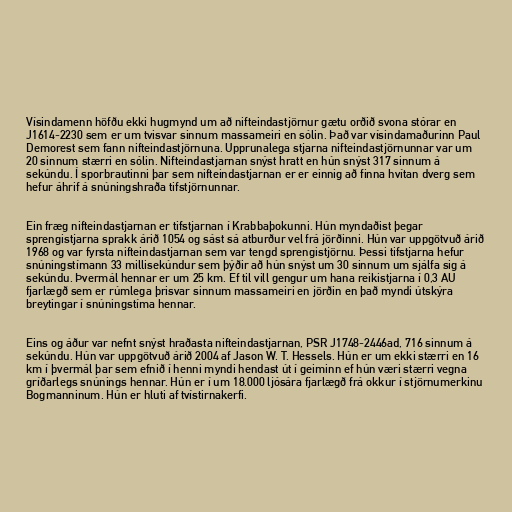
Vísindamenn höfðu ekki hugmynd um að nifteindastjörnur gætu orðið svona stórar en
J1614-2230 sem er um tvisvar sinnum massameiri en sólin. Það var vísindamaðurinn Paul
Demorest sem fann nifteindastjörnuna. Upprunalega stjarna nifteindastjörnunnar var um
20 sinnum stærri en sólin. Nifteindastjarnan snýst hratt en hún snýst 317 sinnum á
sekúndu. Í sporbrautinni þar sem nifteindastjarnan er er einnig að finna hvítan dverg sem
hefur áhrif á snúningshraða tifstjörnunnar.

Ein fræg nifteindastjarnan er tifstjarnan í Krabbaþokunni. Hún myndaðist þegar
sprengistjarna sprakk árið 1054 og sást sá atburður vel frá jörðinni. Hún var uppgötvuð árið
1968 og var fyrsta nifteindastjarnan sem var tengd sprengistjörnu. Þessi tifstjarna hefur
snúningstímann 33 millisekúndur sem þýðir að hún snýst um 30 sinnum um sjálfa sig á
sekúndu. Þvermál hennar er um 25 km. Ef til vill gengur um hana reikistjarna í 0,3 AU
fjarlægð sem er rúmlega þrisvar sinnum massameiri en jörðin en það myndi útskýra
breytingar í snúningstíma hennar.

Eins og áður var nefnt snýst hraðasta nifteindastjarnan, PSR J1748-2446ad, 716 sinnum á
sekúndu. Hún var uppgötvuð árið 2004 af Jason W. T. Hessels. Hún er um ekki stærri en 16
km í þvermál þar sem efnið í henni myndi hendast út í geiminn ef hún væri stærri vegna
gríðarlegs snúnings hennar. Hún er í um 18.000 ljósára fjarlægð frá okkur í stjörnumerkinu
Bogmanninum. Hún er hluti af tvístirnakerfi.